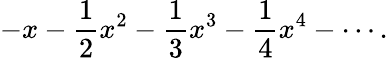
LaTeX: -x-{\frac{1}{2}}x^{2}-{\frac{1}{3}}x^{3}-{\frac{1}{4}}x^{4}-\cdots.